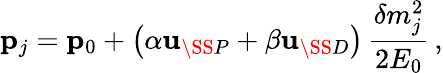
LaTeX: {\mathbf p}_{j}={\mathbf p}_{0}+\left(\alpha{\mathbf u}_{\SS P}+\beta{\mathbf u}_{\SS D}\right)\, \frac{\delta m_{j}^{2}}{2E_{0}}\, ,